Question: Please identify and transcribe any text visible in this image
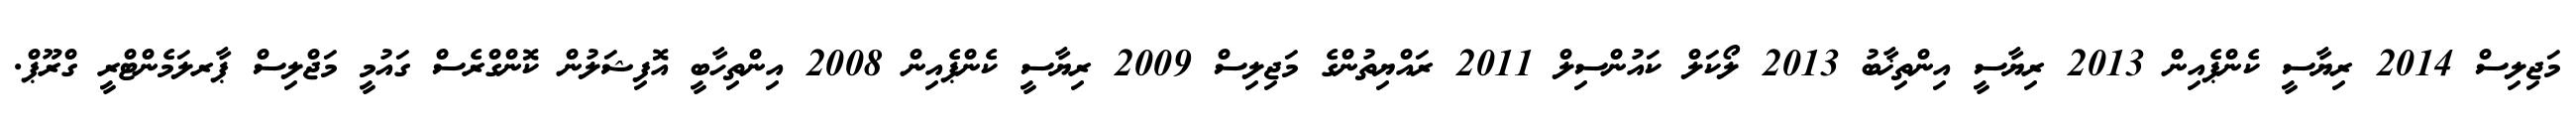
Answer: މަޖިލިސް 2014 ރިޔާސީ ކެންޕެއިން 2013 ރިޔާސީ އިންތިޚާބު 2013 ލޯކަލް ކައުންސިލް 2011 ރައްޔިތުންގެ މަޖިލިސް 2009 ރިޔާސީ ކެންޕެއިން 2008 އިންތިހާބީ އޮފިޝަލުން ކޮންގްރެސް ގައުމީ މަޖްލިސް ޕާރލަމެންޓްރީ ގްރޫޕް.